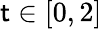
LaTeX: \mathsf{t}\in[0,2]